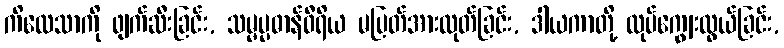
ကိလေသာကို ဖျက်ဆီးခြင်း, သမ္မပ္ပဓာန်ဝီရိယ မပြတ်အားထုတ်ခြင်း, ဒါယကာတို့ လုပ်ကျွေးလွယ်ခြင်း,